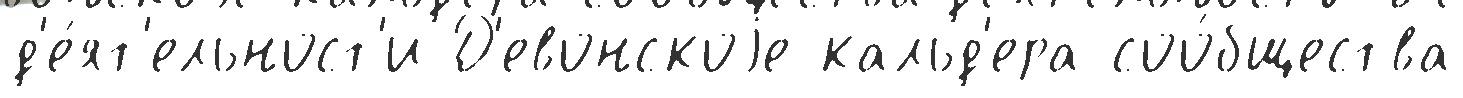
д'е́ят'ельност'и Д'евонскоjе кальд'ера соо́бщества